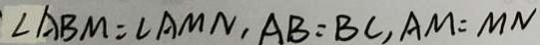
\angle A B M = \angle A M N , A B = B C , A M = M N